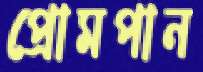
প্রোমপান